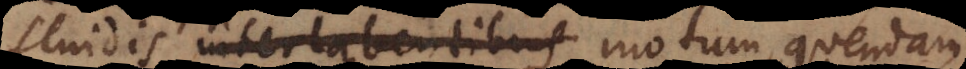
fluidis interlabentibus motum quendam